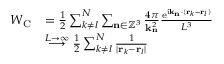
\begin{array} { r l } { W _ { \mathrm { C } } } & { = \frac { 1 } { 2 } \sum _ { k \neq l } ^ { N } \sum _ { \mathbf { n } \in \mathbb { Z } ^ { 3 } } \frac { 4 \pi } { \mathbf { k } _ { \mathbf { n } } ^ { 2 } } \frac { \mathrm { e } ^ { \mathrm { i } \mathbf { k } _ { \mathbf { n } } \cdot ( \mathbf { r } _ { k } - \mathbf { r } _ { l } ) } } { L ^ { 3 } } } \\ & { \overset { L \rightarrow \infty } { \longrightarrow } \frac { 1 } { 2 } \sum _ { k \neq l } ^ { N } \frac { 1 } { | \mathbf { r } _ { k } - \mathbf { r } _ { l } | } } \end{array}